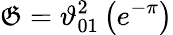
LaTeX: \mathfrak{G}=\vartheta_{01}^{2}\left(e^{-\pi}\right)